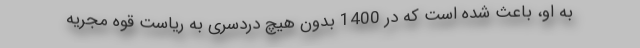
به او، باعث شده است که در 1400 بدون هیچ دردسری به ریاست قوه مجریه